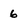
Character: 6